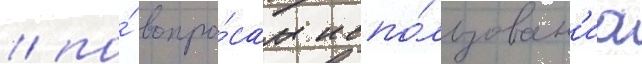
/ по́ вопро́сам испо́льзован'иа